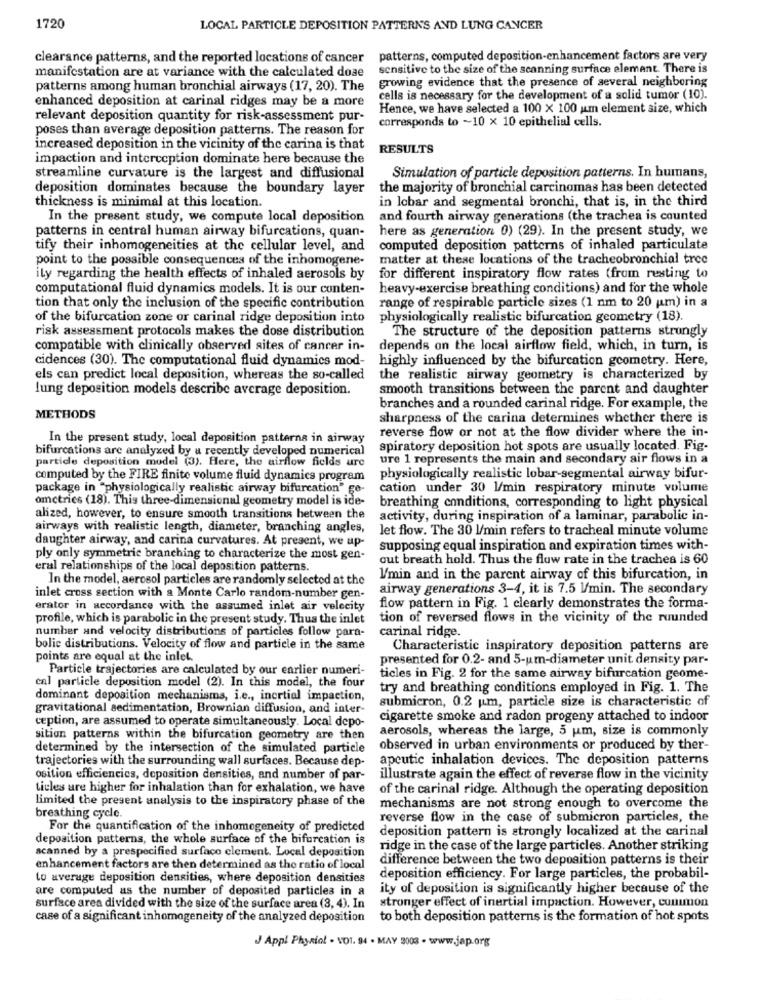
1720
LOCAL PARTICLE DEPOSITION PATTERN'S AND LUNG CANCER
clearance patterns, and the reported locations of cancer
patterns, computed deposition-enhancement factors are very
manifestation are at variance with the calculated dose
sensitive to the size of the scanning surface element. There is
growing evidence that the presence of several neighboring
patterns among human bronchial airways (17, 20). The
enhanced deposition at carinal ridges may be a more
cells is necessary for the development of a solid tumor (10).
Hence, we have selected a 100 X 100 um element size, which
relevant deposition quantity for risk-assessment pur-
corresponds to ~10 x 10 epithelial cells.
poses than average deposition patterns. The reason for
increased deposition in the vicinity of the carina is that
RESULTS
impaction and interception dominate here because the
streamline curvature is the largest and diffusional
Simulation of particle deposition patterns. In humans,
deposition dominates because the boundary layer
the majority of bronchial carcinomas has been detected
thickness is minimal at this location.
in lobar and segmental bronchi, that is, in the third
In the present study, we compute local deposition
and fourth airway generations (the trachea is counted
patterns in central human airway bifurcations, quan-
here as generation 0) (29). In the present study, we
tify their inhomogeneities at the cellular level, and
computed deposition patterns of inhaled particulate
point to the possible consequences of the inhomogene-
matter at these locations of the tracheobronchial trec
ily regarding the health effects of inhaled aerosols by
for different inspiratory flow rates (from resting to
computational fluid dynamics models. It is our conten-
heavy-exercise breathing conditions) and for the whole
range of respirable particle sizes (1 nm to 20 um) in a
tion that only the inclusion of the specific contribution
of the bifurcation zone or carinal ridge deposition into
physiologically realistic bifurcation geometry (18).
The structure of the deposition patterns strongly
risk assessment protocols makes the dose distribution
compatible with clinically observed sites of cancer in-
depends on the local airflow field, which, in turn, is
cidences (30). The computational fluid dynamics mod-
highly influenced by the bifurcation geometry. Here,
els can predict local deposition, whereas the so-called
the realistic airway geometry is characterized by
lung deposition models describe average deposition.
smooth transitions between the parent and daughter
branches and a rounded carinal ridge. For example, the
METHODS
sharpness of the carina determines whether there is
reverse flow or not at the flow divider where the in-
In the present study, local deposition patterns in airway
bifurcations are analyzed by a recently developed numerical
spiratory deposition hot spots are usually located. Fig-
particle deposition model (3). Here, the airflow fields ure
ure 1 represents the main and secondary air flows in a
computed by the FIRE finite volume fluid dynamics program
physiologically realistic lobar-segmental airway bifur-
package in "physiologically realistic airway bifurcation" ge
cation under 30 l/min respiratory minute volume
omctrics (18). This three-dimensional geometry model is ide-
breathing conditions, corresponding to light physical
alized, however, to ensure smooth transitions between the
activity, during inspiration of a laminar, parabolic in-
airways with realistic length, diameter, branching angles,
let flow. The 30 l/min refers to tracheal minute volume
daughter airway, and carina curvatures. At present, we up-
supposing equal inspiration and expiration times with-
ply only symmetric branching to characterize the most gen-
out breath hold. Thus the flow rate in the trachea is 60
eral relationships of the local deposition patterns.
In the model, aerosol particles are randomly selected at the
l/min and in the parent airway of this bifurcation, in
airway generations 3-4, it is 7.5 l/min. The secondary
inlet cross section with a Monte Carlo random-number gen-
erator in accordance with the assumed inlet air velocity
flow pattern in Fig. 1 clearly demonstrates the forma-
profile, which is parabolic in the present study. Thus the inlet
tion of reversed flows in the vicinity of the rounded
number and velocity distributions of particles follow para-
carinal ridge.
bolic distributions. Velocity of flow and particle in the same
Characteristic inspiratory deposition patterns are
points are equal at the inlet.
presented for 0.2- and 5-um-diameter unit density par-
Particle trajectories are calculated by our earlier numeri-
ticles in Fig. 2 for the same airway bifurcation geome-
cal particle deposition model (2). In this model, the four
try and breathing conditions employed in Fig. 1. The
dominant deposition mechanisms, i.e ., inertial impaction,
submicron, 0.2 um, particle size is characteristic of
gravitational sedimentation, Brownian diffusion, and inter-
cigarette smoke and radon progeny attached to indoor
ception, are assumed to operate simultaneously. Local depo-
aerosols, whereas the large, 5 um, size is commonly
sition patterns within the bifurcation geometry are then
determined by the intersection of the simulated particle
observed in urban environments or produced by ther-
trajectories with the surrounding wall surfaces. Because dep-
apeutic inhalation devices. The deposition patterns
osition efficiencies, deposition densities, and number of par-
illustrate again the effect of reverse flow in the vicinity
Licles ure higher for inhalation than for exhalation, we have
of the carinal ridge. Although the operating deposition
limited the present analysis to the inspiratory phase of the
mechanisms are not strong enough to overcome the
breathing cycle.
reverse flow in the case of submicron particles, the
For the quantification of the inhomogeneity of predicted
deposition pattern is strongly localized at the carinal
deposition patterns, the whole surface of the bifurcation is
ridge in the case of the large particles. Another striking
scanned by a prespecified surface clement. Local deposition
difference between the two deposition patterns is their
enhancement factors are then determined as the ratio of local
to average deposition densities, where deposition densities
deposition efficiency. For large particles, the probabil-
are computed as the number of deposited particles in a
ity of deposition is significantly higher because of the
surface area divided with the size of the surface area (3, 4). In
stronger effect of inertial impaction. However, conunon
case of a significant inhomogeneity of the analyzed deposition
to both deposition patterns is the formation of hot spots
J Appl Physiol - VO1. 94 - MAY 2003 - www.jap.org